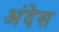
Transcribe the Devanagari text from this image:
अंदेस